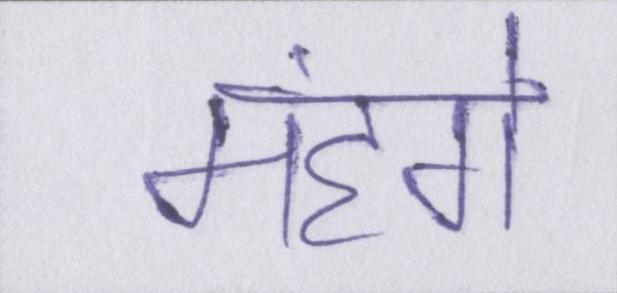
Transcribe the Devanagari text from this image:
मंहगे